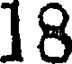
18